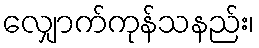
လျှောက်ကုန်သနည်း၊